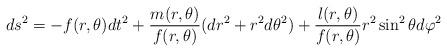
LaTeX: \begin{align*}ds^2=-f(r,\theta)dt^2+\frac{m(r,\theta)}{f(r,\theta)}(dr^2+r^2 d\theta^2)+\frac{l(r,\theta)}{f(r,\theta)}r^2 \sin^2\theta d\varphi^2\end{align*}